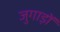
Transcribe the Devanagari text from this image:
जुगाड़ों